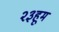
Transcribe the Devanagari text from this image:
२३हूम